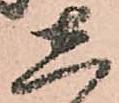
し